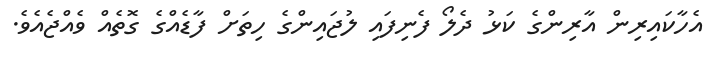
އެހާކައިރިން އާރިންގެ ކަޅު ދެލޯ ފެނިފައި ލުޖައިންގެ ހިތަށް ފާޑެއްގެ ގޮތެއް ވެއްޖެއެވެ.